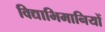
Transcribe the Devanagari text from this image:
विद्याभिमानियों